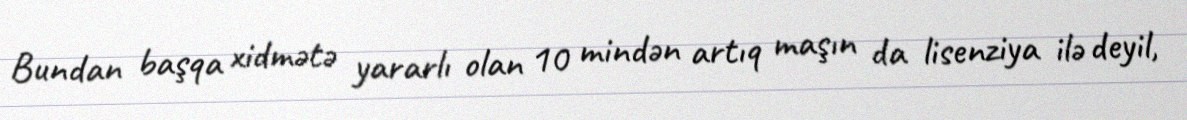
Bundan başqa xidmətə yararlı olan 10 mindən artıq maşın da lisenziya ilə deyil,